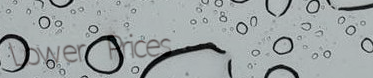
Lower Prices